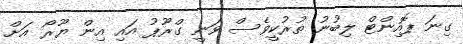
ގިނަ ޕޮއިންޓް ލިބުނު ތުރުކީވެސް ވަނީ ގްރޫޕު އައި އިން ޔޫރޯ އަށް